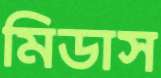
মিডাস